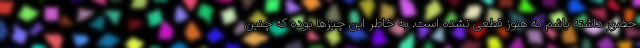
حضور داشته باشم که هنوز قطعی نشده است. به خاطر این چیزها بوده که چنین